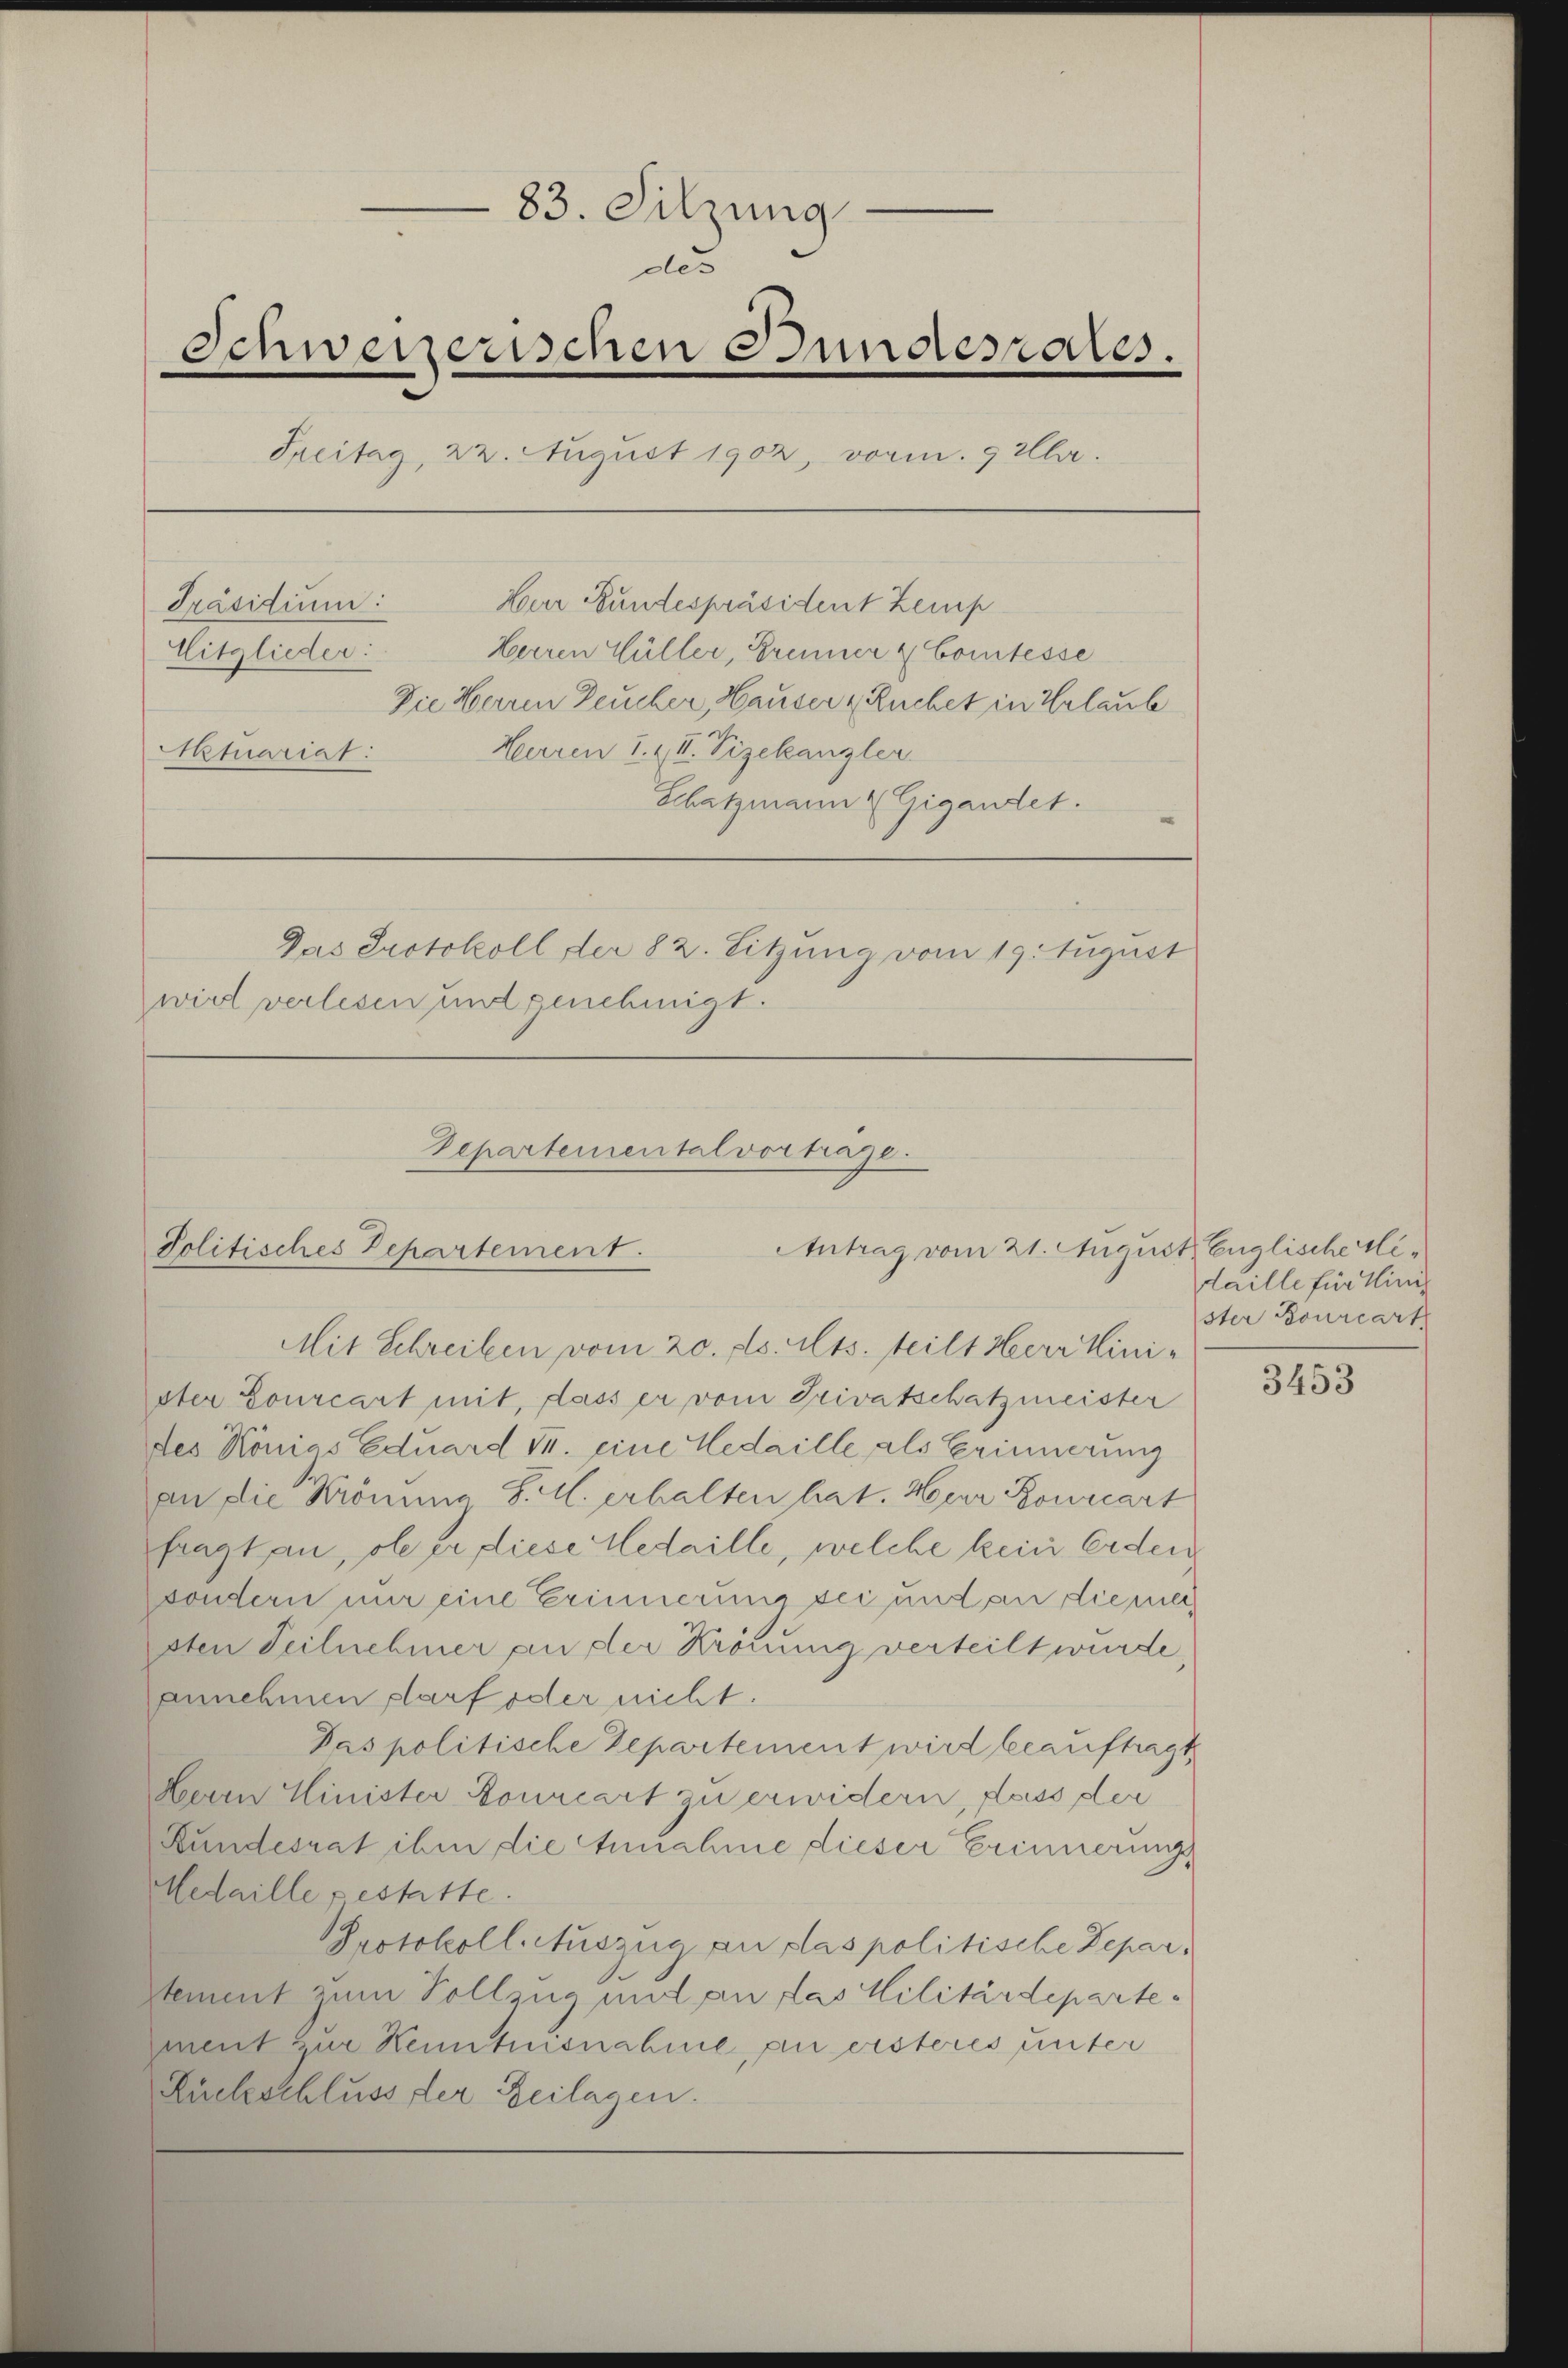
83. Sitzung
des
Schweizerischen Bundesrades.
Freitag, 22. August 1902, vorm. 9 Al.
Präsidium:
Herr Bundespräsident temp
Mitglieder:
Herren Hüller, Brenner & Comtesse
Die Herren Deucher, Hauser & Ruchet in Erlaub
Herren 1. & II. Vizekanzler
Aktuariat
Schatzmann Gigandet.
Das Protokoll der 82. Sitzung vom 19. August
wird verlesen und genehmigt.

Departemental vorträge.
Antrag vom 21. August Englischeri¬
Politisches Departement.

Mit Schreiben vom 20. ds. Mts. teilt Herr Minister Bourcart mit, dass er vom Privatschatzmeister
des Königs Eduard T. eine Medaille, als Erinnerung
an die Krönung S. M. erhalten hat. Herr Bourcart
fragt an, ob er diese Medaille, welche kein Erden
sondern nur eine Erinnerung sei und an die mei
sten Teilnehmer an der Krönung verteilt wurde,
annehmen darf oder nicht:
Pas politische Departement wird beauftragt,
Herrn Minister Bourcart zu erwidern, dass der
Bundesrat ihm die Annahme dieser Erinnerung
Medaille gestatte.
Protokoll. Auszug an das politische Departement zum Vollzug und an das Militärdepartement zur Kenntnisnahme, an ersteres unter
Rückschluss der Zeilagen.

daille für Minis
ster Bourcart

3453